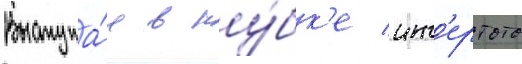
Выступа́я в ку́бк'е инт'ертото